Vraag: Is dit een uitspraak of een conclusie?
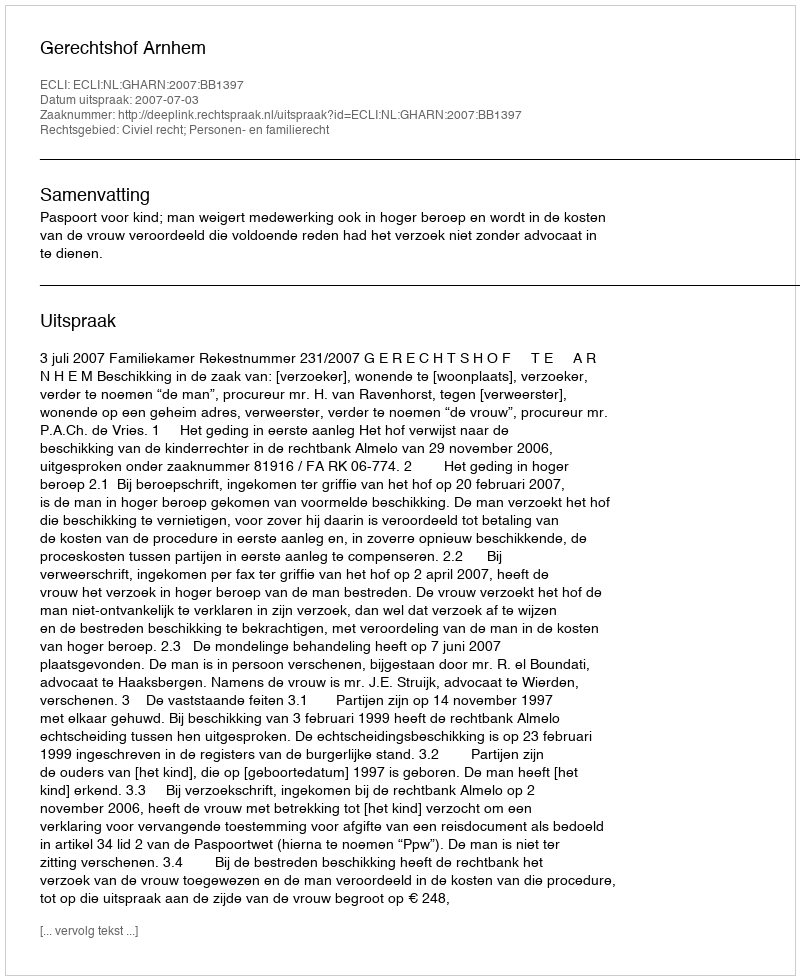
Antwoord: Uitspraak